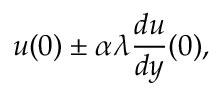
u ( 0 ) \pm \alpha \lambda { \frac { d u } { d y } } ( 0 ) ,